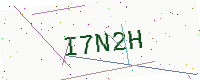
Text: I7N2H